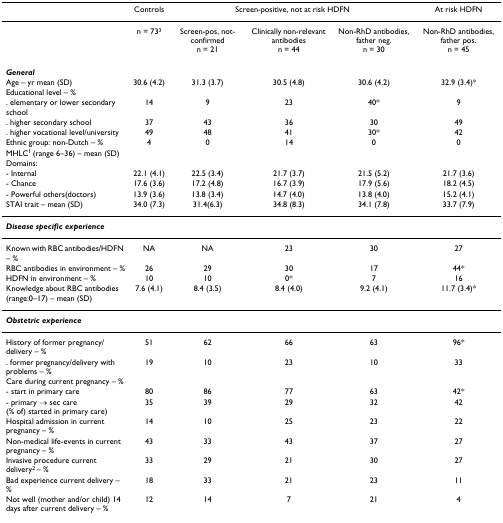
<table><thead><tr><td></td><td><b>Controls</b></td><td colspan="3"><b>Screen-positive, not at risk HDFN</b></td><td><b>At risk HDFN</b></td></tr></thead><tbody><tr><td></td><td>n = 73<sup>3</sup></td><td>Screen-pos, not-confirmedn = 21</td><td>Clinically non-relevant antibodiesn = 44</td><td>Non-RhD antibodies, father neg.n = 30</td><td>Non-RhD antibodies, father pos.n = 45</td></tr><tr><td colspan="6"><b><i>General</i></b></td></tr><tr><td>Age – yr mean (SD)</td><td>30.6 (4.2)</td><td>31.3 (3.7)</td><td>30.5 (4.8)</td><td>30.6 (4.2)</td><td>32.9 (3.4)*</td></tr><tr><td>Educational level – %</td><td></td><td></td><td></td><td></td><td></td></tr><tr><td>. elementary or lower secondary school</td><td>14</td><td>9</td><td>23</td><td>40*</td><td>9</td></tr><tr><td>. higher secondary school</td><td>37</td><td>43</td><td>36</td><td>30</td><td>49</td></tr><tr><td>. higher vocational level/university</td><td>49</td><td>48</td><td>41</td><td>30*</td><td>42</td></tr><tr><td>Ethnic group: non-Dutch – %</td><td>4</td><td>0</td><td>14</td><td>0</td><td>0</td></tr><tr><td>MHLC<sup>1 </sup>(range 6–36) – mean (SD)</td><td></td><td></td><td></td><td></td><td></td></tr><tr><td>Domains:</td><td></td><td></td><td></td><td></td><td></td></tr><tr><td>- Internal</td><td>22.1 (4.1)</td><td>22.5 (3.4)</td><td>21.7 (3.7)</td><td>21.5 (5.2)</td><td>21.7 (3.6)</td></tr><tr><td>- Chance</td><td>17.6 (3.6)</td><td>17.2 (4.8)</td><td>16.7 (3.9)</td><td>17.9 (5.6)</td><td>18.2 (4.5)</td></tr><tr><td>- Powerful others(doctors)</td><td>13.9 (3.6)</td><td>13.8 (3.4)</td><td>14.7 (4.0)</td><td>13.8 (4.0)</td><td>15.2 (4.1)</td></tr><tr><td>STAI trait – mean (SD)</td><td>34.0 (7.3)</td><td>31.4(6.3)</td><td>34.8 (8.3)</td><td>34.1 (7.8)</td><td>33.7 (7.9)</td></tr><tr><td colspan="6"><b><i>Disease specific experience</i></b></td></tr><tr><td>Known with RBC antibodies/HDFN – %</td><td>NA</td><td>NA</td><td>23</td><td>30</td><td>27</td></tr><tr><td>RBC antibodies in environment – %</td><td>26</td><td>29</td><td>30</td><td>17</td><td>44*</td></tr><tr><td>HDFN in environment – %</td><td>10</td><td>10</td><td>0*</td><td>7</td><td>16</td></tr><tr><td>Knowledge about RBC antibodies (range:0–17) – mean (SD)</td><td>7.6 (4.1)</td><td>8.4 (3.5)</td><td>8.4 (4.0)</td><td>9.2 (4.1)</td><td>11.7 (3.4)*</td></tr><tr><td colspan="6"><b><i>Obstetric experience</i></b></td></tr><tr><td>History of former pregnancy/delivery – %</td><td>51</td><td>62</td><td>66</td><td>63</td><td>96*</td></tr><tr><td>. former pregnancy/delivery with problems – %</td><td>19</td><td>10</td><td>23</td><td>10</td><td>33</td></tr><tr><td>Care during current pregnancy – %</td><td></td><td></td><td></td><td></td><td></td></tr><tr><td>- start in primary care</td><td>80</td><td>86</td><td>77</td><td>63</td><td>42*</td></tr><tr><td>- primary → sec care (% of) started in primary care)</td><td>35</td><td>39</td><td>29</td><td>32</td><td>42</td></tr><tr><td>Hospital admission in current pregnancy – %</td><td>14</td><td>10</td><td>25</td><td>23</td><td>22</td></tr><tr><td>Non-medical life-events in current pregnancy – %</td><td>43</td><td>33</td><td>43</td><td>37</td><td>27</td></tr><tr><td>Invasive procedure current delivery<sup>2 </sup>– %</td><td>33</td><td>29</td><td>21</td><td>30</td><td>27</td></tr><tr><td>Bad experience current delivery – %</td><td>18</td><td>33</td><td>21</td><td>23</td><td>11</td></tr><tr><td>Not well (mother and/or child) 14 days after current delivery – %</td><td>12</td><td>14</td><td>7</td><td>21</td><td>4</td></tr></tbody></table>